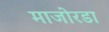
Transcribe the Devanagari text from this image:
माजोरडा